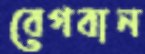
বেগবান